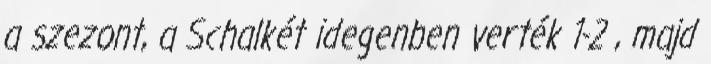
a szezont, a Schalkét idegenben verték 1-2 , majd